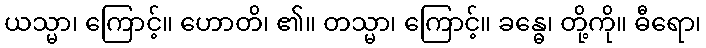
ယသ္မာ၊ ကြောင့်။ ဟောတိ၊ ၏။ တသ္မာ၊ ကြောင့်။ ခန္ဓေ၊ တို့ကို။ ဓီရော၊